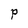
Character: p